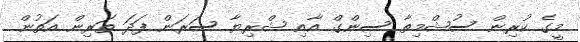
މީގެ ކުރިން ސުޝްމިތާ ސިންގް އާއި ޝްރިޔާ ސަރަން ފަދަ ތަރިން އަތުން